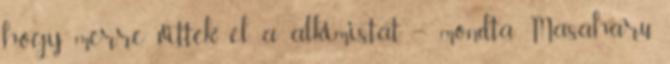
hogy merre vitték el a alkimistát. – mondta Masaharu.